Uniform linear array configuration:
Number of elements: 12
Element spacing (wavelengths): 0.25
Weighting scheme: kaiser
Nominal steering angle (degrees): -60
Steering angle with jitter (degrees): -58.337
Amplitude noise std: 0.05
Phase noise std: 0.05

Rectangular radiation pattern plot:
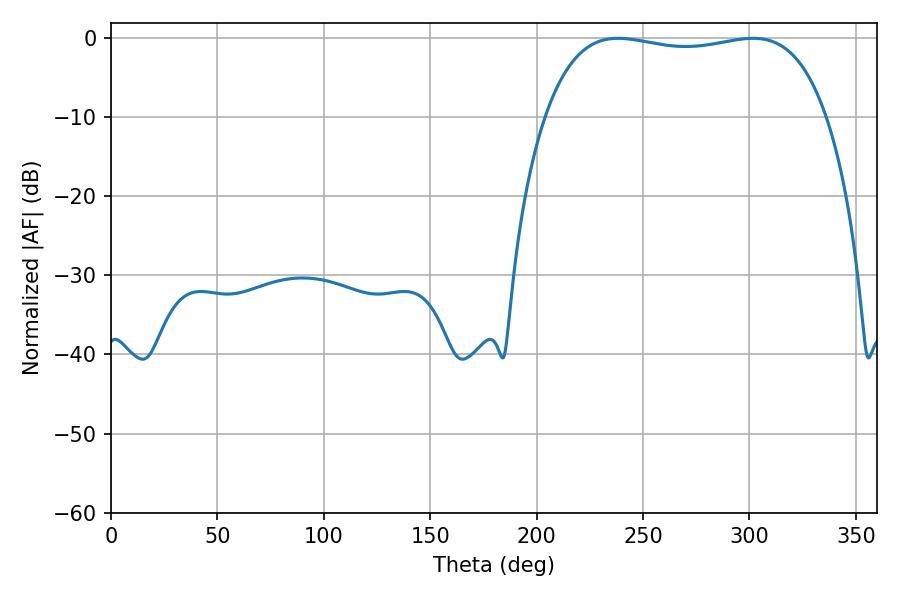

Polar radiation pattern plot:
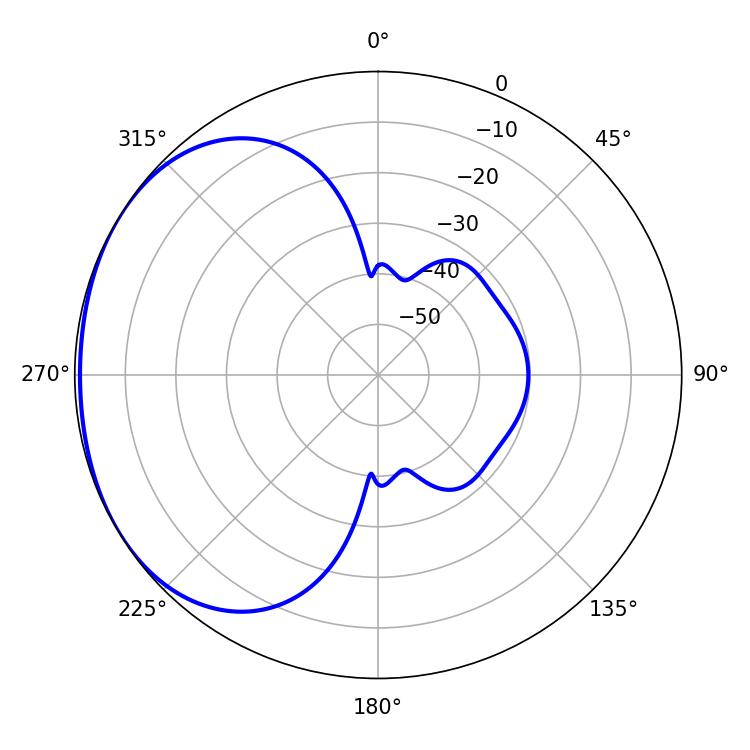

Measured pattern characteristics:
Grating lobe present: FALSE
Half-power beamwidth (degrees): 106.2
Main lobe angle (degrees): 238.32